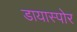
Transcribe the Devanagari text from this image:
डायास्पोर